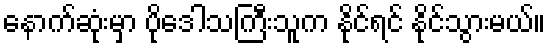
နောက်ဆုံးမှာ ပိုဒေါသကြီးသူက နိုင်ရင် နိုင်သွားမယ်။